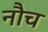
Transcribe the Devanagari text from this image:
नौच